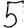
Digit: 5